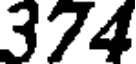
374